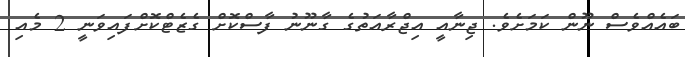
ބައެއްވެސް ނޫން ކަމަށެވެ. ޖިނާއީ އިޖްރާއަތުގެ ގާނޫނު ފާސްކޮށް ގެޒެޓްކޮށްފައިވަނީ 2 މެއި